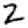
Digit: 2